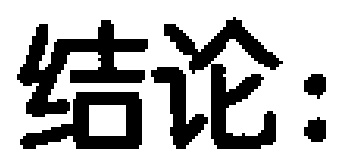
结论：